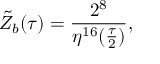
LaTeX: { \tilde { Z } } _ { b } ( \tau ) = \frac { 2 ^ { 8 } } { \eta ^ { 1 6 } ( \frac { \tau } { 2 } ) } ,